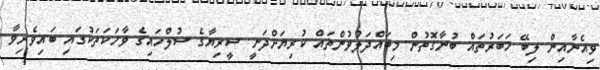
ވިއެނާއިން ލިބޭ ޚަބަރުތައް ބުނާގޮތުން މިބައްދަލުވުންތައް ކުރިޔަށްދަނީ ސީރިޔާގެ ސުލްހައިގެ ވާހަކަތަކުގައި ބައިވެރިވާ